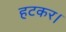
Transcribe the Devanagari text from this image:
हटकर।